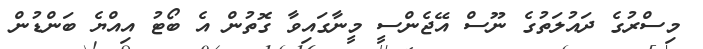
މިސްރުގެ ދައުލަތުގެ ނޫސް އޭޖެންސީ މީނާގައިވާ ގޮތުން އެ ބޯޓު އިއްޔެ ބަންޑުން